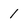
Character: 1